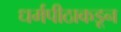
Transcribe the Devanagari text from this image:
धर्मपीठाकडून